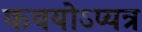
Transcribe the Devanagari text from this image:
कवयोऽप्यत्र